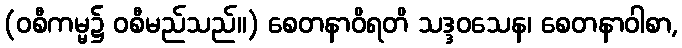
(ဝစီကမ္မ၌ ဝစီမည်သည်။) စေတနာဝိရတိ သဒ္ဒဝသေန၊ စေတနာဝါစာ,